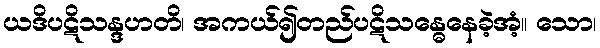
ယဒိပဋိသန္ဒဟတိ၊ အကယ်၍တည်ပဋိသန္ဓေနေခဲ့အံ့။ သော၊